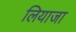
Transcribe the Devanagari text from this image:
लियाजा